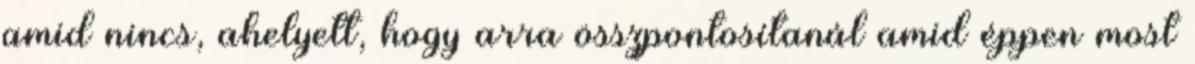
amid nincs, ahelyett, hogy arra összpontosítanál amid éppen most